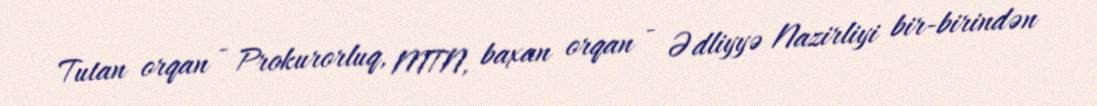
Tutan orqan - Prokurorluq, MTN, baxan orqan - Ədliyyə Nazirliyi bir-birindən